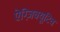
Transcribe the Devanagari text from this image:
ऐग्ज़िक्यूटिव